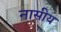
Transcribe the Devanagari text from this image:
नासीय